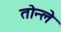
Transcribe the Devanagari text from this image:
तोन्ले